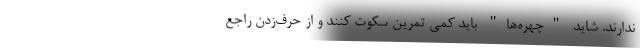
ندارند. شاید "چهره‌ها" باید کمی تمرین سکوت کنند و از حرف‌زدن راجع